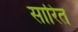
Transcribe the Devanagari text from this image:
सारित